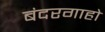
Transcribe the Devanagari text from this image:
बंदरगाहो